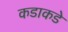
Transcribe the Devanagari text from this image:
कडाकडे